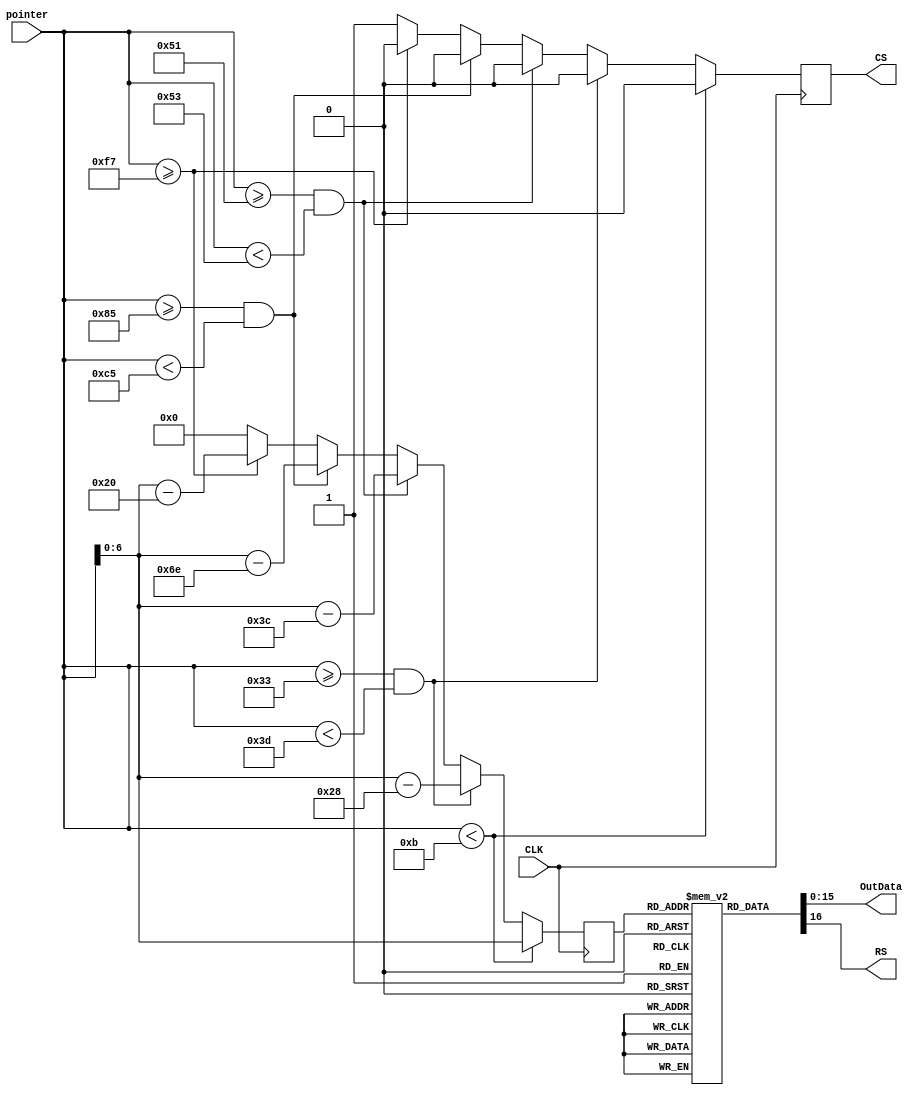
`timescale 1ns / 1ps


module InitializationRegister#(parameter InitFrequency=100, parameter delayUnit=1)(
    input  [24:0] pointer,
    output [15:0] OutData,
    output        RS,
    output reg    CS,
    input         CLK
    );
    //Instancias
    

    //Creacion de Registros Y Cables
    reg [16:0] Data [103:0];
    reg [6:0]  address;
    //Incializacion de Registros
    initial begin
        CS=0;
        address=0;

        //Dato basura
        Data[0]   = {1'b0,16'h0000};
        //Power Control 1
        Data[1]   = {1'b0,16'h0010};    
        Data[2]   = {1'b1,16'h0000};        
        //Power Control 2            
        Data[3]   = {1'b0,16'h0011}; 
        Data[4]   = {1'b1,16'h0000};           
        //Power Control 3    
        Data[5]   = {1'b0,16'h0012}; 
        Data[6]   = {1'b1,16'h0000};   
        //Power Control 4        
        Data[7]   = {1'b0,16'h0013}; 
        Data[8]   = {1'b1,16'h0000};                    
        //Power Control 5
        Data[9]   = {1'b0,16'h0014}; 
        Data[10]  = {1'b1,16'h0000};
    
        //Power-on sequence----------------------------------------
        //delay(40);     

        //Power Control 2    
        Data[11]  = {1'b0,16'h0011}; 
        Data[12]  = {1'b1,16'h0018};  
        //Power Control 3
        Data[13]  = {1'b0,16'h0012};
        Data[14]  = {1'b1,16'h6121};        
        //Power Control 4
        Data[15]  = {1'b0,16'h0013}; 
        Data[16]  = {1'b1,16'h006f};    
        //Power Control 5
        Data[17]  = {1'b0,16'h0014}; 
        Data[18]  = {1'b1,16'h495f};   
        //Power Control 1       
        Data[19]  = {1'b0,16'h0010};    
        Data[20]  = {1'b1,16'h0800};
  
        //delay(10);
        //Power Control 2    
        Data[21]  = {1'b0,16'h0011}; 
        Data[22]  = {1'b1,16'h103B};

        //delay(50);
        
        //DRIVER_OUTPUT_CTRL
        Data[23]  = {1'b0,16'h0001};    
        Data[24]  = {1'b1,16'h011C};        
        //LCD_AC_DRIVING_CTRL            
        Data[25]  = {1'b0,16'h0002}; 
        Data[26]  = {1'b1,16'h0100};           
        //ENTRY_MODE    
        Data[27]  = {1'b0,16'h0003}; 
        Data[28]  = {1'b1,16'h1038};   
        //DISP_CTRL1       
        Data[29]  = {1'b0,16'h0007}; 
        Data[30]  = {1'b1,16'h0000};                    
        //BLANK_PERIOD_CTRL1
        Data[31]  = {1'b0,16'h0008}; 
        Data[32]  = {1'b1,16'h0808};
        //FRAME_CYCLE_CTRL
        Data[33]  = {1'b0,16'h000B};    
        Data[34]  = {1'b1,16'h1100};        
        //INTERFACE_CTRL            
        Data[35]  = {1'b0,16'h000C}; 
        Data[36]  = {1'b1,16'h0000};           
        //OSC_CTRL   
        Data[37]  = {1'b0,16'h000F}; 
        Data[38]  = {1'b1,16'h0D01};   
        //VCI_RECYCLING      
        Data[39]  = {1'b0,16'h0015}; 
        Data[40]  = {1'b1,16'h0020};                    
        //RAM_ADDR_SET1
        Data[41]  = {1'b0,16'h0020}; 
        Data[42]  = {1'b1,16'h0000};
        //RAM_ADDR_SET2
        Data[43]  = {1'b0,16'h0021}; 
        Data[44]  = {1'b1,16'h0000};


        //Set GRAM area------------------------------------
            
        //GATE_SCAN_CTRL
        Data[45]  = {1'b0,16'h0030};    
        Data[46]  = {1'b1,16'h0000};        
        //VERTICAL_SCROLL_CTRL1            
        Data[47]  = {1'b0,16'h0031}; 
        Data[48]  = {1'b1,16'h00DB};           
        //VERTICAL_SCROLL_CTRL2   
        Data[49]  = {1'b0,16'h0032}; 
        Data[50]  = {1'b1,16'h0000};   
        //VERTICAL_SCROLL_CTRL3      
        Data[51]  = {1'b0,16'h0033}; 
        Data[52]  = {1'b1,16'h0000};                    
        //PARTIAL_DRIVING_POS1
        Data[53]  = {1'b0,16'h0034}; 
        Data[54]  = {1'b1,16'h00DB};
        //PARTIAL_DRIVING_POS2
        Data[55]  = {1'b0,16'h0035}; 
        Data[56]  = {1'b1,16'h0000};          


        //HORIZONTAL_WINDOW_ADDR1
        Data[57]  = {1'b0,16'h0036};    
        Data[58]  = {1'b1,16'h00AF};        
        //HORIZONTAL_WINDOW_ADDR2            
        Data[59]  = {1'b0,16'h0037}; 
        Data[60]  = {1'b1,16'h0000};           
        //VERTICAL_WINDOW_ADDR1   
        Data[61]  = {1'b0,16'h0038}; 
        Data[62]  = {1'b1,16'h00DB};   
        //VERTICAL_WINDOW_ADDR2      
        Data[63]  = {1'b0,16'h0039}; 
        Data[64]  = {1'b1,16'h0000};

        // Set GAMMA curve------------------------------------- 
        //GAMMA_CTRL1
        Data[65]  = {1'b0,16'h0050}; 
        Data[66]  = {1'b1,16'h0000};
        //GAMMA_CTRL2
        Data[67]  = {1'b0,16'h0051}; 
        Data[68]  = {1'b1,16'h0808};
        //GAMMA_CTRL3
        Data[69]  = {1'b0,16'h0052}; 
        Data[70]  = {1'b1,16'h080A};
        //GAMMA_CTRL4
        Data[71]  = {1'b0,16'h0053}; 
        Data[72]  = {1'b1,16'h000A};
        //GAMMA_CTRL5
        Data[73]  = {1'b0,16'h0054}; 
        Data[74]  = {1'b1,16'h0A08};
        //GAMMA_CTRL6
        Data[75]  = {1'b0,16'h0055}; 
        Data[76]  = {1'b1,16'h0808};
        //GAMMA_CTRL7
        Data[77]  = {1'b0,16'h0056}; 
        Data[78]  = {1'b1,16'h0000};
        //GAMMA_CTRL8
        Data[79]  = {1'b0,16'h0057}; 
        Data[80]  = {1'b1,16'h0A00};
        //GAMMA_CTRL9
        Data[81]  = {1'b0,16'h0058}; 
        Data[82]  = {1'b1,16'h0710};
        //GAMMA_CTRL10
        Data[83]  = {1'b0,16'h0059}; 
        Data[84]  = {1'b1,16'h0710}; 

        //-----------------------------------   
        //DISP_CTRL1
        Data[85]  = {1'b0,16'h0007}; 
        Data[86]  = {1'b1,16'h0012};
        //delay(50);
        //DISP_CTRL1
        Data[87]  = {1'b0,16'h0007}; 
        Data[88]  = {1'b1,16'h1017};  

        // Turn on backlight
        //setBacklight(true);
        //setOrientation(0);
       
        // Initialize variables
        //setBackgroundColor( COLOR_BLACK );

        
        //ENTRY MODE
        Data[89]  = {1'b0,16'h0003};
        Data[90]  = {1'b1,16'h1018}; //Ajuste de direccion de VGA

        //HORIZONTAL_WINDOW_ADDR1
        Data[91]  = {1'b0,16'h0036};    
        Data[92]  = {1'b1,16'h00AF};        
        //HORIZONTAL_WINDOW_ADDR2            
        Data[93]  = {1'b0,16'h0037}; 
        Data[94]  = {1'b1,16'h0000};           
        //VERTICAL_WINDOW_ADDR1   
        Data[95]  = {1'b0,16'h0038}; 
        Data[96]  = {1'b1,16'h00DB};   
        //VERTICAL_WINDOW_ADDR2      
        Data[97]  = {1'b0,16'h0039}; 
        Data[98]  = {1'b1,16'h0000};
        //RAM_ADDR_SET1
        Data[99]  = {1'b0,16'h0020}; 
        Data[100] = {1'b1,16'h0000};
        //RAM_ADDR_SET2
        Data[101] = {1'b0,16'h0021}; 
        Data[102] = {1'b1,16'h0000};

        //Inicio de Transferencia de datos
        //WRITE DATA TO GRAM
        Data[103] = {1'b0,16'h0022};
    end
    
    always@(posedge CLK)begin
        if(pointer<11) begin
            address<=pointer;
            CS<=0;
        end else if(pointer>=(40*delayUnit)+11 && pointer< ((40*delayUnit)+21) ) begin  
            address<=pointer-(40*delayUnit);              
            CS<=0;
        end else if(pointer>=(60*delayUnit)+21 && pointer< ((60*delayUnit)+23) ) begin  
            address<=pointer-(60*delayUnit);              
            CS<=0; 
        end else if(pointer>=(110*delayUnit)+23 && pointer< ((110*delayUnit)+87) ) begin  
            address<=pointer-(110*delayUnit);              
            CS<=0;
        end else if(pointer>=(160*delayUnit)+87) begin  
            address<=pointer-(160*delayUnit);              
            CS<=0;    
        end else begin
            CS<=1;
            address<=0;
        end
    end
    //Asignaciones Combinacionales
    assign OutData=Data[address][15:0];
    assign RS=Data[address][16];
           
    
endmodule